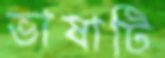
ভাষাটি